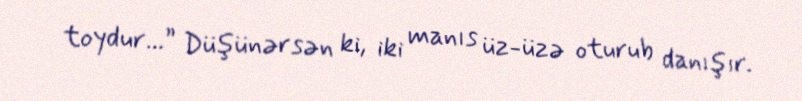
toydur...” Düşünərsən ki, iki manıs üz-üzə oturub danışır.